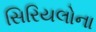
સિરિયલોના